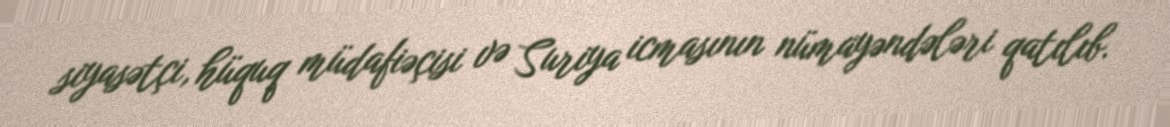
siyasətçi, hüquq müdafiəçisi və Suriya icmasının nümayəndələri qatılıb.